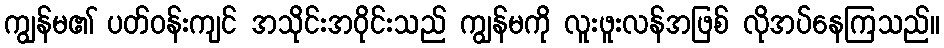
ကျွန်မ၏ ပတ်ဝန်းကျင် အသိုင်းအဝိုင်းသည် ကျွန်မကို လူးဖူးလန်အဖြစ် လိုအပ်နေကြသည်။